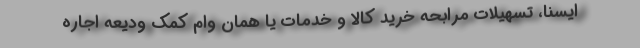
ایسنا، تسهیلات مرابحه خرید کالا و خدمات یا همان وام کمک ودیعه اجاره